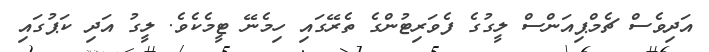
އަދިވެސް ޗެމްޕިއަންސް ލީގުގެ ފެވަރިޓުންގެ ތެރޭގައި ހިމެނޭ ޓީމެކެވެ. ލީގު އަދި ކަޕުގައި